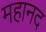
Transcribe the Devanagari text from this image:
महानद